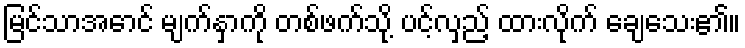
မြင်သာအောင် မျက်နှာကို တစ်ဖက်သို့ ပင့်လှည့် ထားလိုက် ချေသေး၏။